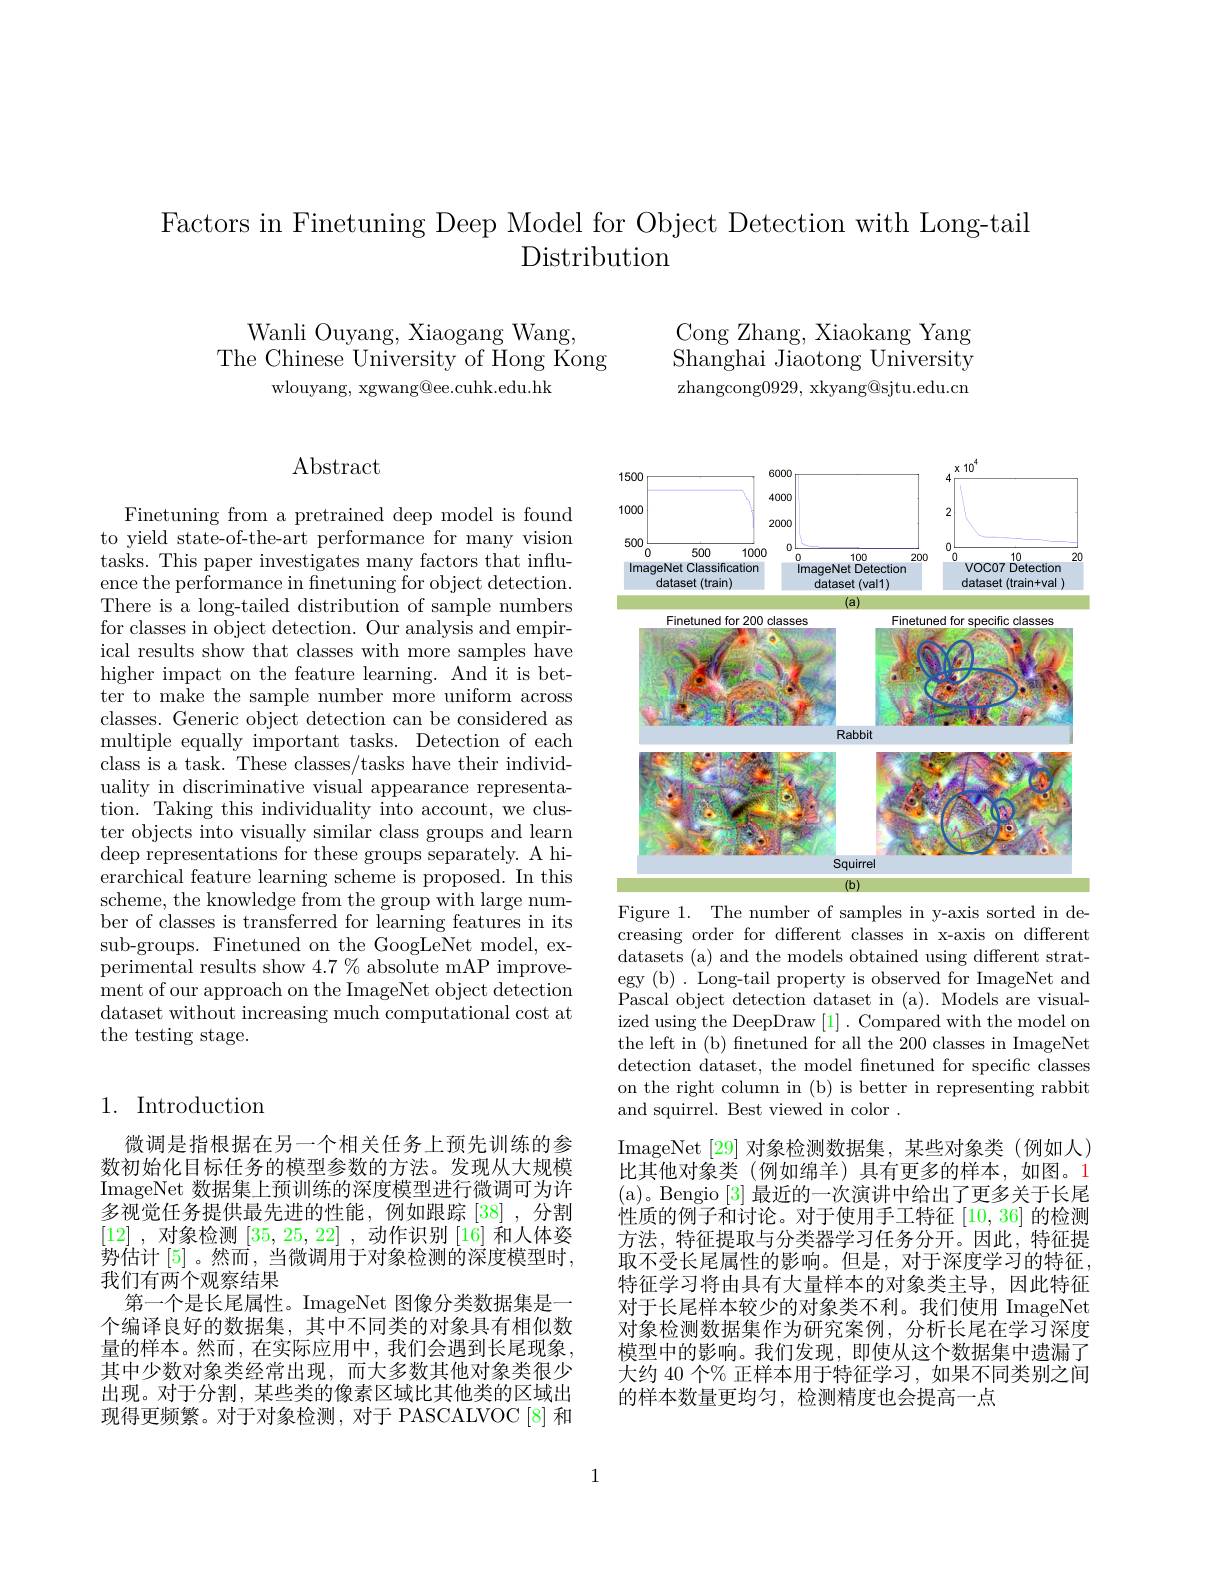
Factors in Finetuning Deep Model for Object Detection with Long-tail
# Distribution

Wanli Ouyang, Xiaogang Wang,
The Chinese University of Hong Kong
wlouyang, xgwang@ee.cuhk.edu.hk

# $\operatorname{Abstract}$

Finetuning from a pretrained deep model is found to yield state-of-the-art performance for many vision tasks. This paper investigates many factors that influence the performance in finetuning for object detection. There is a long-tailed distribution of sample numbers for classes in object detection. Our analysis and empirical results show that classes with more samples have higher impact on the feature learning. And it is better to make the sample number more uniform across classes. Generic object detection can be considered as multiple equally important tasks. Detection of each class is a task. These classes/tasks have their individuality in discriminative visual appearance representation. Taking this individuality into account, we cluster objects into visually similar class groups and learn deep representations for these groups separately. A hierarchical feature learning scheme is proposed. In this scheme, the knowledge from the group with large number of classes is transferred for learning features in its sub-groups. Finetuned on the GoogLeNet model, experimental results show $4.7\%$ absolute mAP improvement of our approach on the ImageNet object detection dataset without increasing much computational cost at the testing stage.

## 1. Introduction

微调是指根据在另一个相关任务上预先训练的参数初始化目标任务的模型参数的方法。发现从大规模ImageNet 数据集上预训练的深度模型进行微调可为许多视觉任务提供最先进的性能，例如跟踪[38],分割[12] ,对象检测[35,25,22] ,动作识别[16]和人体姿势估计 [5]。然而，当微调用于对象检测的深度模型时， 我们有两个观察结果
第一个是长尾属性。ImageNet 图像分类数据集是一个编译良好的数据集，其中不同类的对象具有相似数量的样本。然而，在实际应用中，我们会遇到长尾现象， 其中少数对象类经常出现，而大多数其他对象类很少出现。对于分割，某些类的像素区域比其他类的区域出现得更频繁。对于对象检测，对于 PASCALVOC[8]和

Cong Zhang, Xiaokang Yang $\bar{\mathrm{Shanghai~Jiaotong~University}}$ zhangcong0929, xkyang@sjtu.edu.cn

<FigureHere>
Figure 1. The number of samples in y-axis sorted in de-

creasing order for different classes in x-axis on different datasets (a) and the models obtained using different strategy (b) . Long-tail property is observed for ImageNet and Pascal object detection dataset in (a). Models are visualized using the DeepDraw [1]. Compared with the model on the left in (b) finetuned for all the 200 classes in ImageNet detection dataset, the model fnetuned for specific classes on the right column in (b) is better in representing rabbit and squirrel. Best viewed in color .

ImageNet [29]对象检测数据集，某些对象类(例如人) 比其他对象类(例如绵羊)具有更多的样本，如图。1 (a)。Bengio[3]最近的一次演讲中给出了更多关于长尾性质的例子和讨论。对于使用手工特征[10,36]的检测方法，特征提取与分类器学习任务分开。因此，特征提取不受长尾属性的影响。但是，对于深度学习的特征， 特征学习将由具有大量样本的对象类主导，因此特征对于长尾样本较少的对象类不利。我们使用 ImageNet 对象检测数据集作为研究案例，分析长尾在学习深度模型中的影响。我们发现，即使从这个数据集中遗漏了大约 40 个% 正样本用于特征学习，如果不同类别之间的样本数量更均匀，检测精度也会提高一点

1